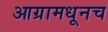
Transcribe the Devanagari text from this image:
आग्रामधूनच